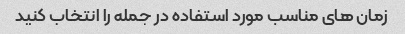
زمان های مناسب مورد استفاده در جمله را انتخاب کنید